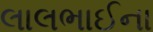
લાલભાઈના